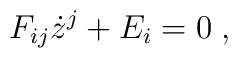
F_{ij}\dot{z}^{j}+E_{i}=0\;,